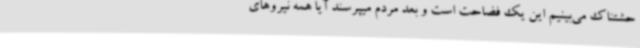
حشتناک می‌بینیم این یک فضاحت است و بعد مردم میپرسند آیا همه نیروهای